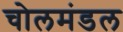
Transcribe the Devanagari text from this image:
चोलमंडल